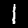
Label: 1